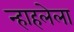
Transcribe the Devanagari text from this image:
न्हाहलेला